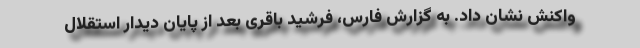
واکنش نشان داد. به گزارش فارس، فرشید باقری بعد از پایان دیدار استقلال